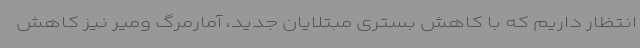
انتظار داریم که با کاهش بستری مبتلایان جدید، آمارمرگ ومیر نیز کاهش